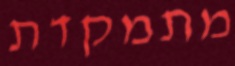
מתמקדת